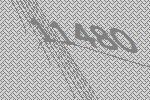
11480